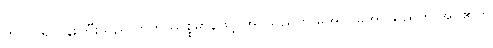
ကပိလရဟန်းကြီးသည် ဗာဟုဿစ္စမာနဖြင့် အပ်သည်ကို မအပ်၊ မအပ်သည်ကို အပ်၏ဟု